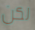
لكن